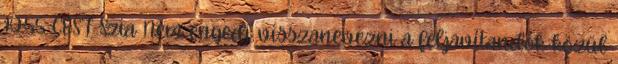
10:55 CEST Szia Nem engedi visszanevezni a feljavítandók közül